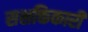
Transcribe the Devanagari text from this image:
सशक्तिकारी